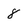
Character: 8